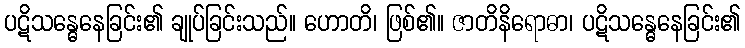
ပဋိသန္ဓေနေခြင်း၏ ချုပ်ခြင်းသည်။ ဟောတိ၊ ဖြစ်၏။ ဇာတိနိရောဓာ၊ ပဋိသန္ဓေနေခြင်း၏